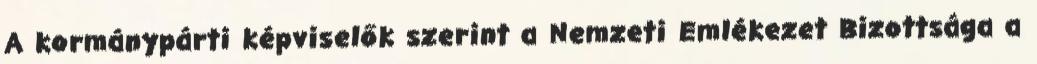
A kormánypárti képviselők szerint a Nemzeti Emlékezet Bizottsága a